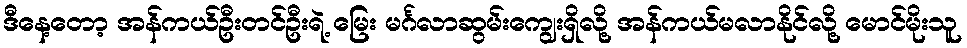
ဒီနေ့တော့ အန်ကယ်ဦးတင်ဦးရဲ့ မြေး မင်္ဂလာဆွမ်းကျွေးရှိလို့ အန်ကယ်မလာနိုင်လို့ မောင်မိုးသူ